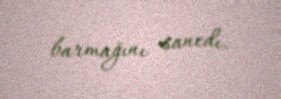
barmağını sancdı.